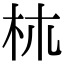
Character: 𣏕